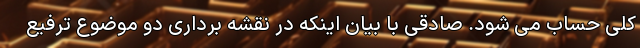
کلی حساب می شود. صادقی با بیان اینکه در نقشه برداری دو موضوع ترفیع